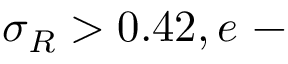
\sigma _ { R } > 0 . 4 2 , e \mathrm { ~ - ~ }